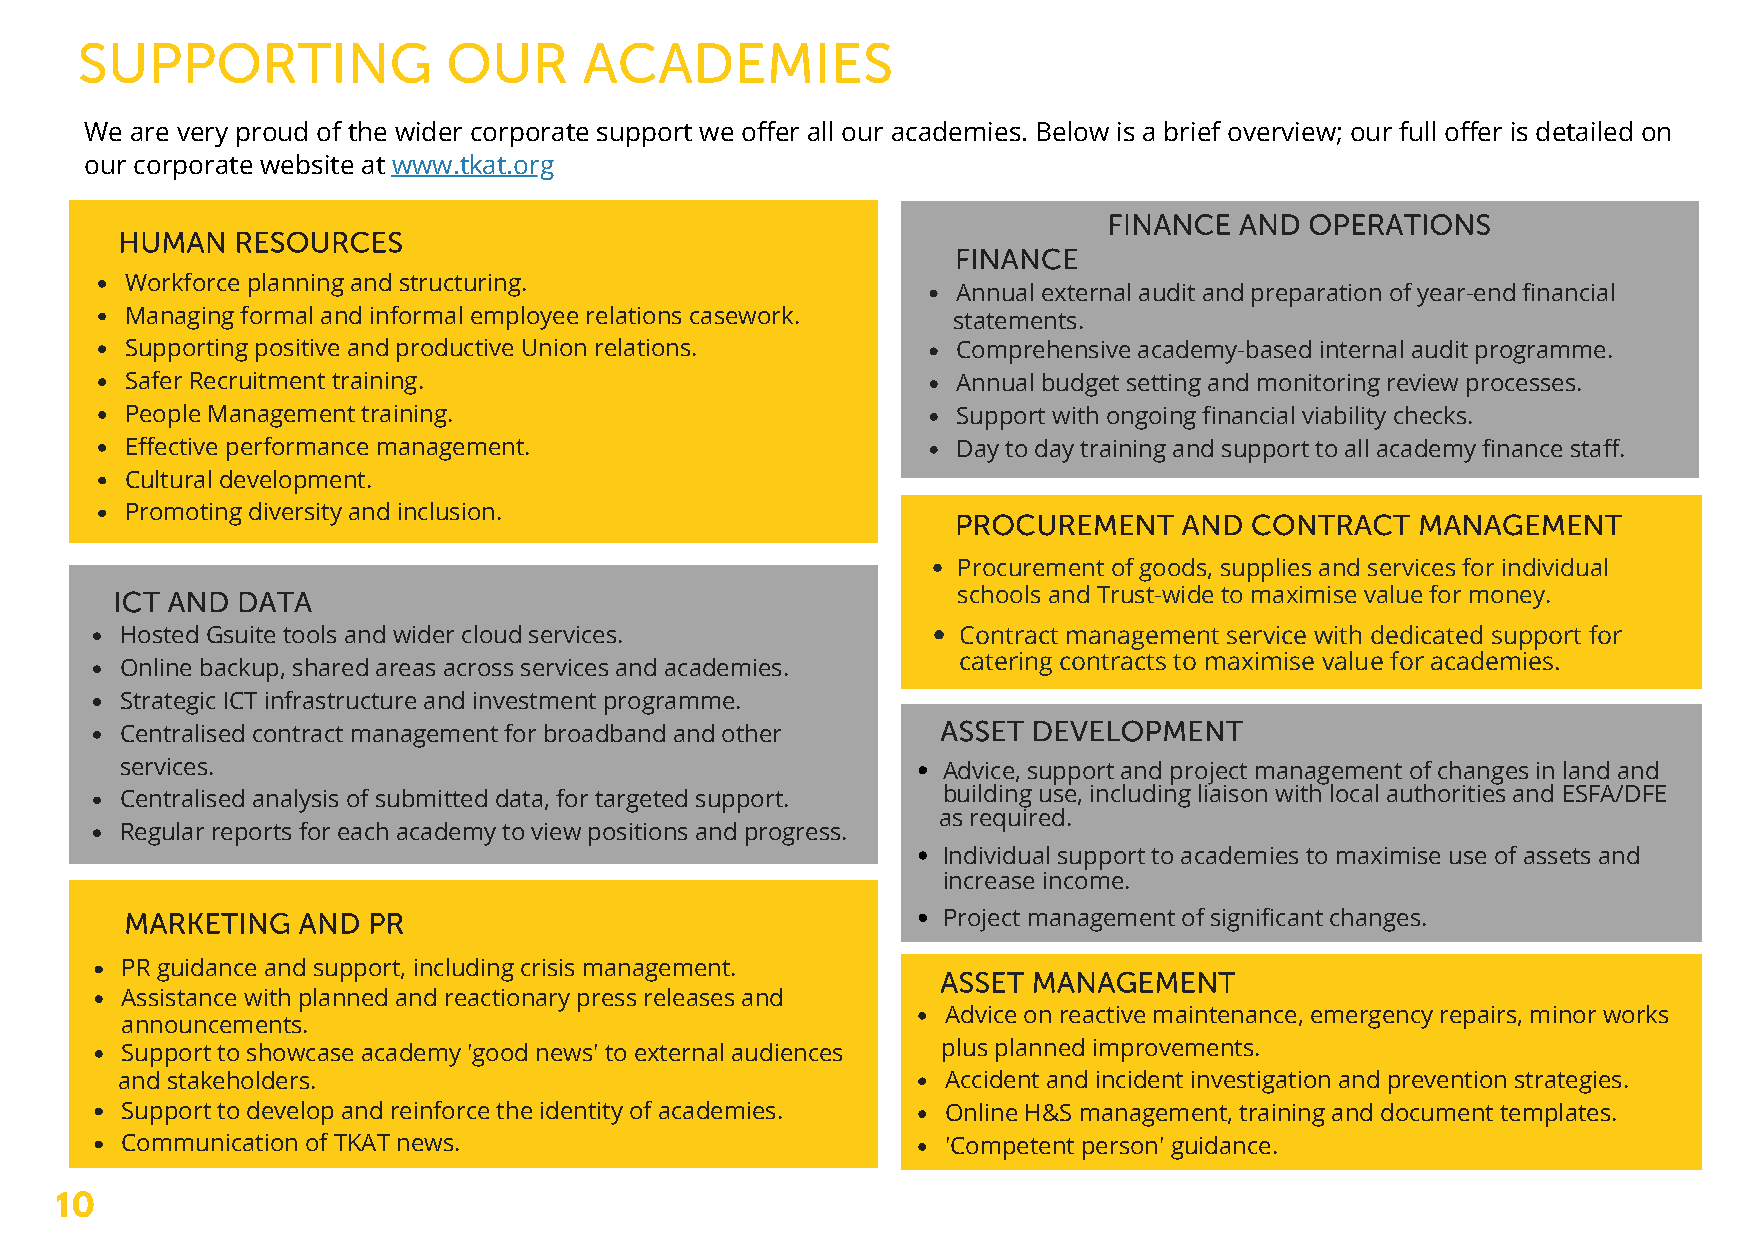
SUPPORTING               OUR      ACADEMIES
 We are very proud of the wider corporate support we offer all our academies. Below is a brief overview; our full offer is detailed on
 our corporate website at www.tkat.org
 FINANCE  AND  OPERATIONS
 HUMAN   RESOURCES
 FINANCE
 Workforce planning and structuring.
 Annual external audit and preparation of year-end financial
 Managing formal and informal employee relations casework. statements.
 Supporting positive and productive Union relations.    Comprehensive academy-based internal audit programme.
 Safer Recruitment training.                            Annual budget setting and monitoring review processes.
 People Management training.                            Support with ongoing financial viability checks.
 Effective performance management.                      Day to day training and support to all academy finance staff.
 Cultural development.
 Promoting diversity and inclusion.                     PROCUREMENT    AND  CONTRACT   MANAGEMENT
 Procurement of goods, supplies and services for individual
 ICT AND  DATA                                           schools and Trust-wide to maximise value for money.
 Hosted Gsuite tools and wider cloud services.          Contract management service with dedicated support for
 catering contracts to maximise value for academies.
 Online backup, shared areas across services and academies.
 Strategic ICT infrastructure and investment programme.
 ASSET DEVELOPMENT
 Centralised contract management for broadband and other
 services.                                             Advice, support and project management of changes in land and
 Centralised analysis of submitted data, for targeted support. building use, including liaison with local authorities and ESFA/DFE
 as required.
 Regular reports for each academy to view positions and progress.
 ASISnEdiTvi dDuEaVl sEuLpOpoPrMt toE NacTademies to maximise use of assets and
 increase income.
 MARKETING   AND PR                                    Project management of significant changes.
 PR guidance and support, including crisis management. ASSET MANAGEMENT
 Assistance with planned and reactionary press releases and
 Advice on reactive maintenance, emergency repairs, minor works
 announcements.
 Support to showcase academy 'good news' to external audiences plus planned improvements.
 and stakeholders.                                      Accident and incident investigation and prevention strategies.
 Support to develop and reinforce the identity of academies. Online H&S management, training and document templates.
 Communication of TKAT news.                            'Competent person' guidance.
 10